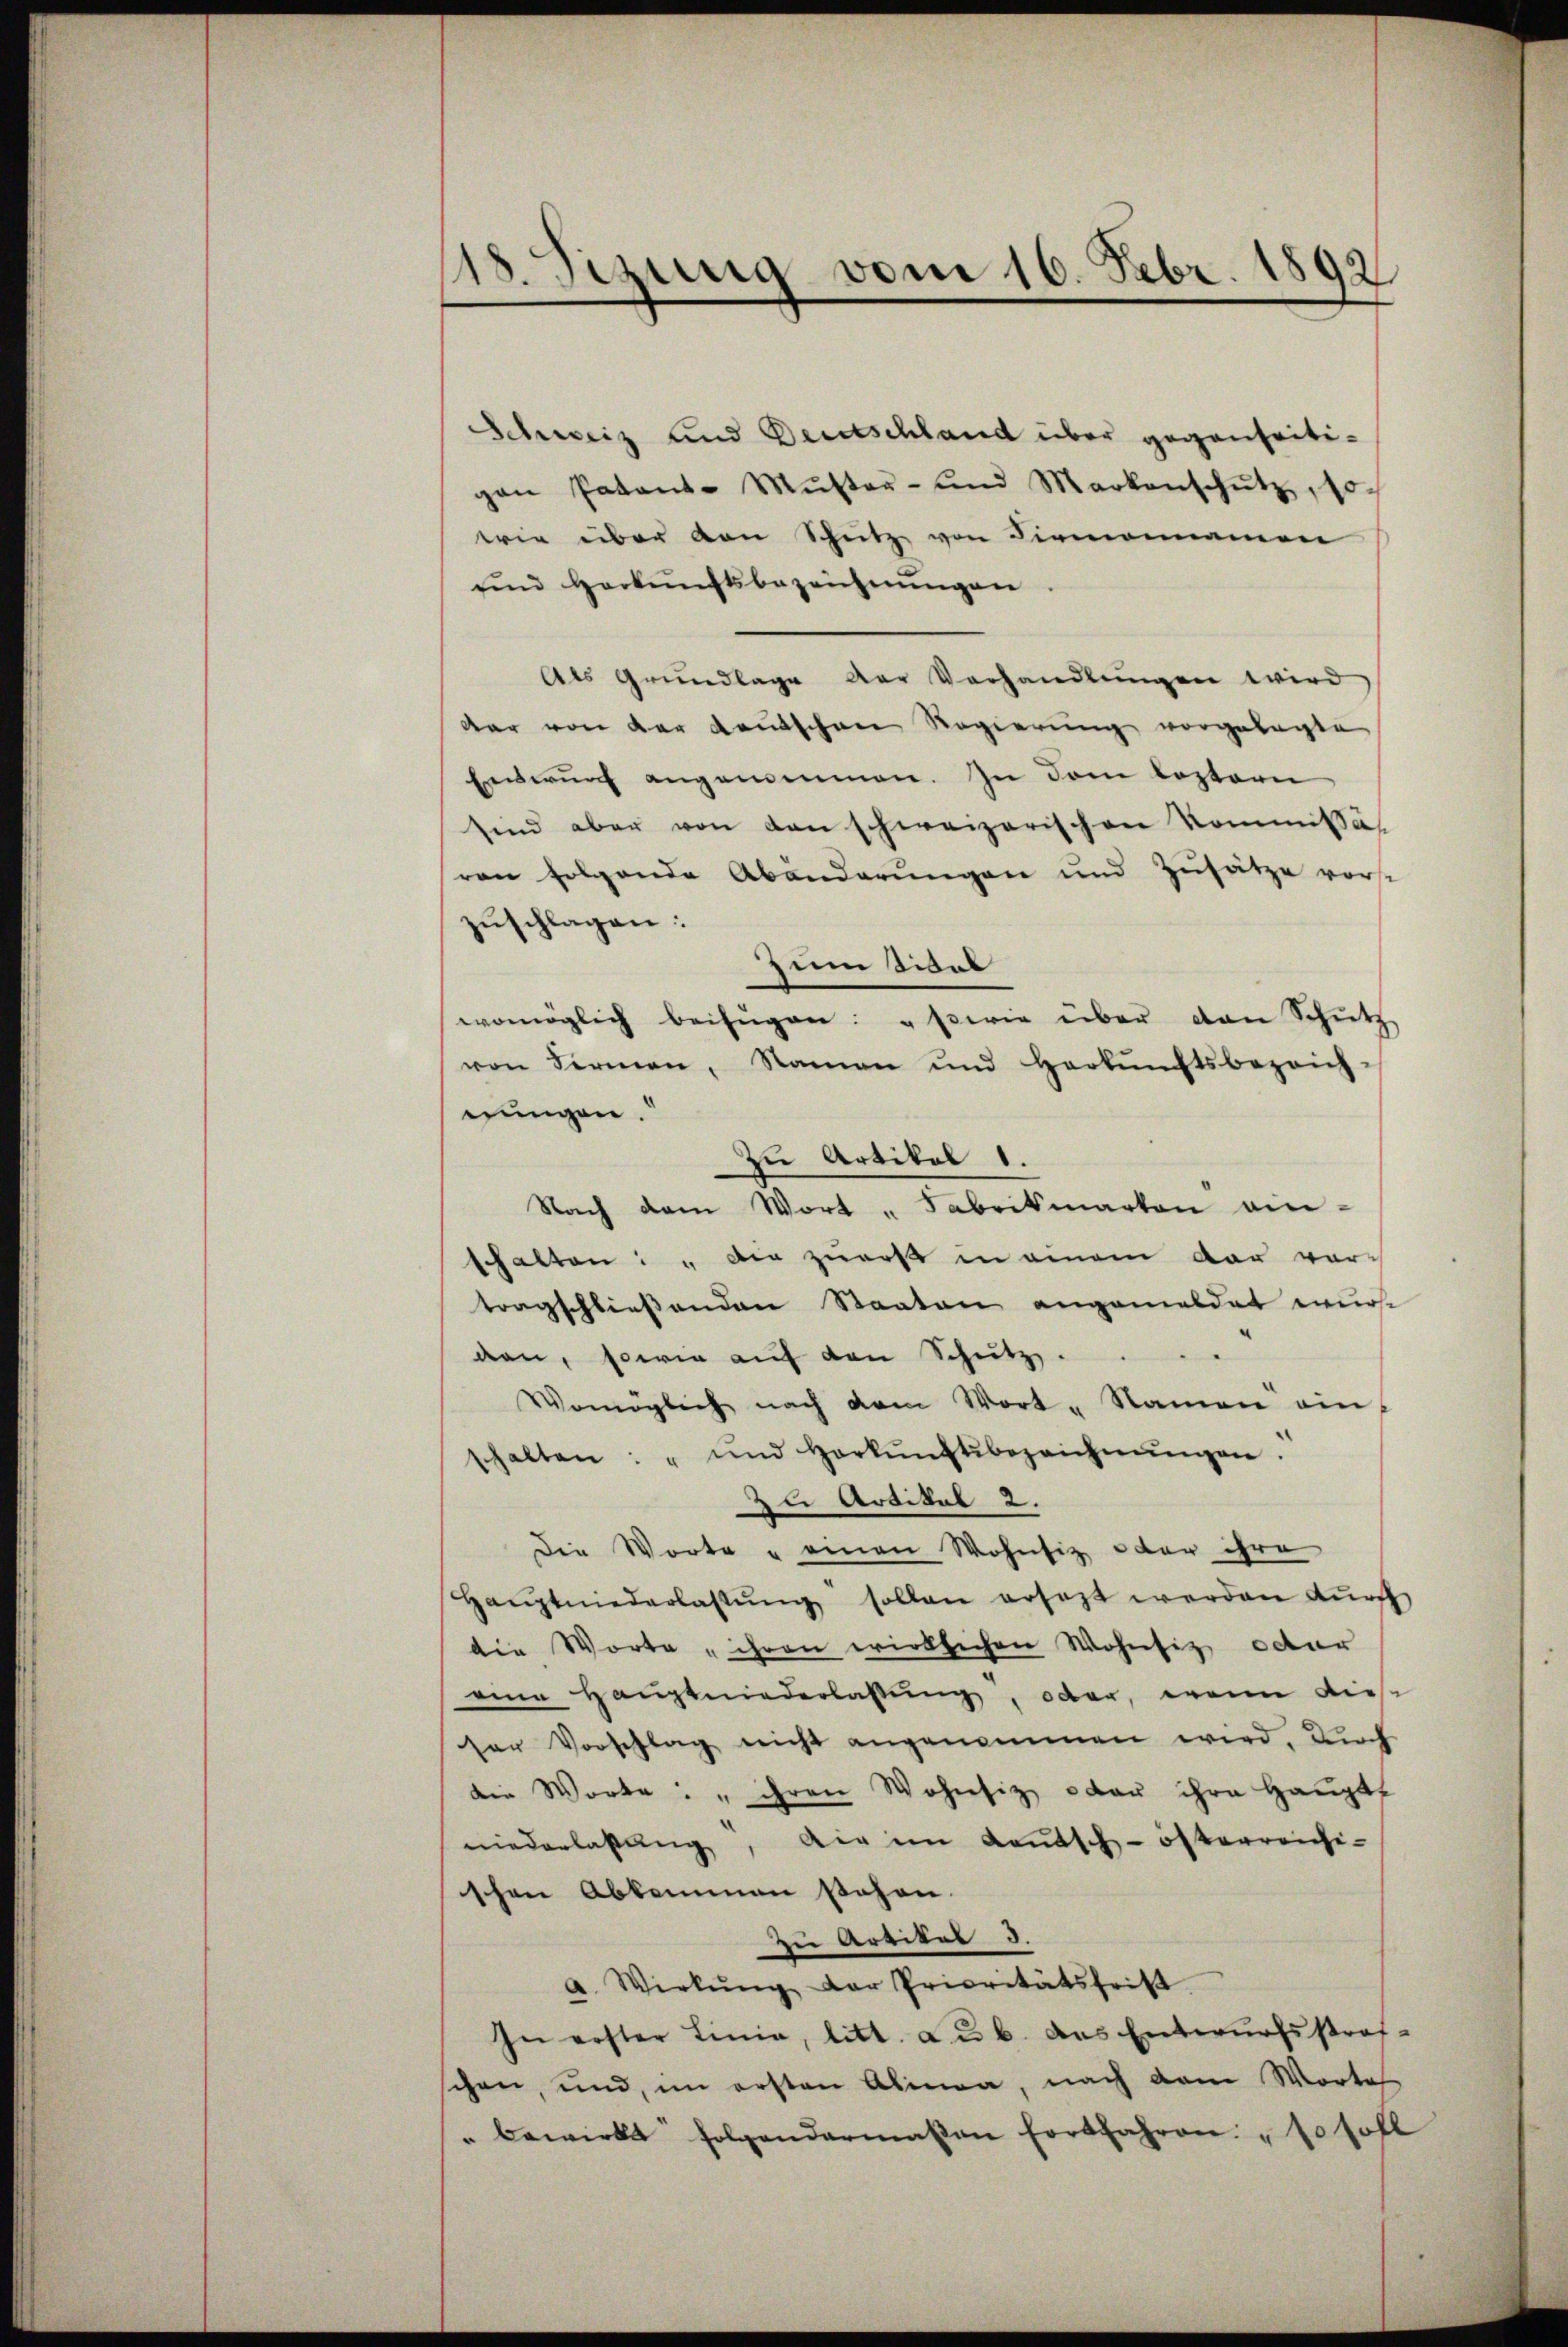
18. Sizung vom 16. Febr. 1892

Schweiz und Deutschland über gegenseitipan Patant-Mŭster- und Markenschŭtz, so-
wie über von Schutz von Firmannamen
und Herkunftsbezeichnungen
Als Grundlage der Verhandlŭngen wird
dar von der Kautschen Regierung vorgelegte
Entwurf angenommen. In dem leztern
sind aber von den schweizerischen Kommissär
ren folgende Abänderungen und Zusätze vorst
zuschlagen:
zum Stal
womöglich beifügen: "swie über den Schütz
von Firmen, Namen und Herkŭnftsbezeich-
nungen.
Nach dem Wort „Fabritmarten an-
schalten: " Die zures in einem dar vortragschließenden Staaten angemeldet wurst
den, sowie aŭf den Schütz.
Womöglich nach dem Wort - Namen einhalten: " ŭnd Harkŭnftbezeichnŭngen.
zu Artikel 2.
Die Worte u einen Wohnsiz oder ihre
Haŭptniederlassŭng sollen ersezt werden durch
die Worte „ihren wirklichen Wohnsitz oder
eine Hauptwiederlassung, oder, wenn diese
ser Vorschlag nicht angenommen wird. Durch
die Worte: " ihren Wohnsiz dan ihre Haŭptt
niederlassŭng, die im Kautsch-österreichi-
schen Abkommen sehen.
zu Artikel d.
a. Wirkŭng der Prioritätsfrist
In erster Linie, litt. a u. b. das Entwurfsstraf-
schen, und, im ersten Abmaa, nach dem Worte
" bewirke folgendermaßen fortfahren: " so soll

Zu Artikel 1.